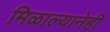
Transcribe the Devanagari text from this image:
मिळाल्यानेही